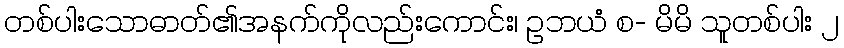
တစ်ပါးသောဓာတ်၏အနက်ကိုလည်းကောင်း၊ ဥဘယံ စ- မိမိ သူတစ်ပါး ၂